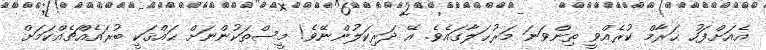
އެއަށްފަހު ޙަރާމް ކުރެއްވީ ތިންވަނަ މަރުޙަލާގައެވެ. އޭ ދަރިކަލުންނޭވެ! މީސްތަކުންނަށް ޙައްޤަކީ ބުރައެއްޗެއްކަމަށް